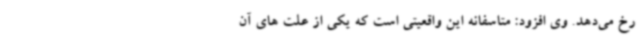
رخ می‌دهد. وی افزود: متاسفانه این واقعیتی است که یکی از علت های آن